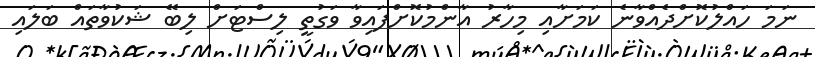
ނަމަ ހައްލުކޮށްދެއްވާނެ ކަމަށާއި މިހާރު އާންމުކޮށްފައިވާ ވަގުތީ ލިސްޓަށް ލިބޭ ޝަކުވާތައް ބަލައި